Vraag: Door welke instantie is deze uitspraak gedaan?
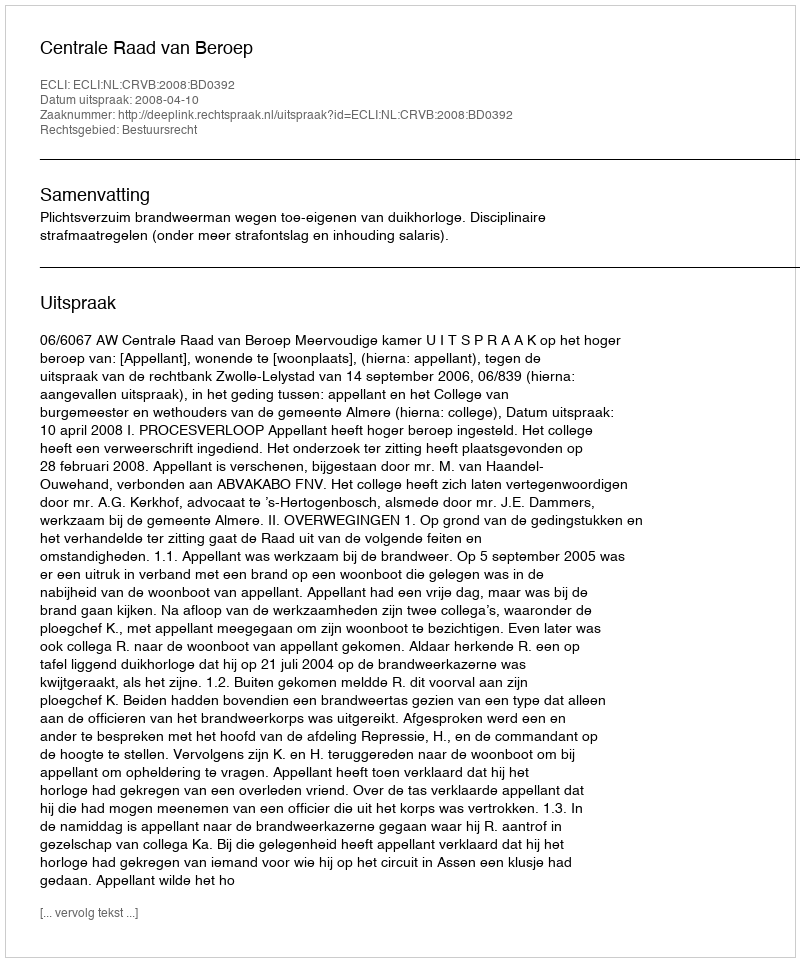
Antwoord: Centrale Raad van Beroep